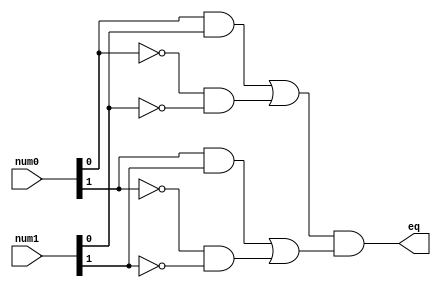
//MODULE THAT ENABLES THE CHECK OF EQUALITY BETWEEN 2 BIT NUMBERS A AND B

module eq
   (
    input wire[1:0] num0, num1,
    output wire eq
   );

   // signal declaration
   wire p0, p1;

   // body - includes the logical expressions used and the final SOP form to achieve the desired result
   assign eq = p0 & p1;                                                // eq = p0.p1 = (A0.B0 + ~A0.~B0).(A1.B1 + ~A1.~B1)
   assign p0 = ( num0[0] & num1[0] ) | ( ~num0[0] & ~num1[0] );        // p0 = A0.B0 + ~A0.~B0
   assign p1 = ( num0[1] & num1[1] ) | ( ~num0[1] & ~num1[1] );        // p1 = A1.B1 + ~A1.~B1

endmodule